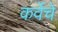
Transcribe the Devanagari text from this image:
कर्वेचे